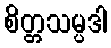
စိတ္တသမ္ပဒါ